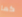
كما